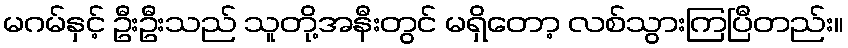
မဂမ်နှင့် ဦးဦးသည် သူတို့အနီးတွင် မရှိတော့ လစ်သွားကြပြီတည်း။